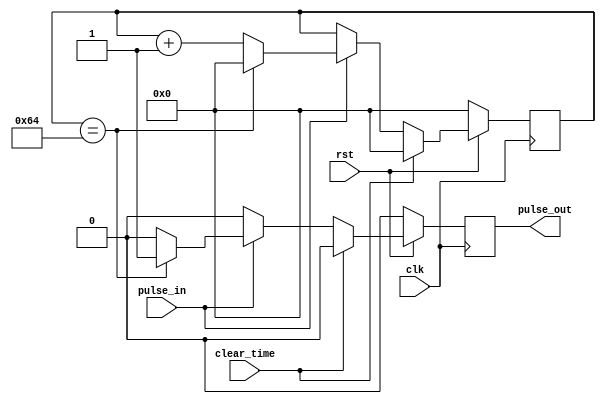

module CountTo100( rst, clear_time, clk, pulse_in, pulse_out);
input pulse_in, clear_time, rst, clk;
output pulse_out;
reg [6:0] count;
reg pulse_out;

always@ (posedge clk)
	if(rst == 0) begin
	  count <= 0;
	  pulse_out <= 0;
	end
	else if(clear_time == 1) begin
	  count <= 0;
	  pulse_out <= 0;	  
	end
	else begin
	  if(pulse_in == 1)begin
	    if(count == 100)begin
	      count <= 0;
			pulse_out <= 1;
	    end
	    else begin
	    count <= count + 1;
		 pulse_out <= 0;
	    end
	  end
	  else begin
	    pulse_out <= 0;
	  end
	end
endmodule